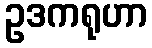
ဥဒကရုဟာ